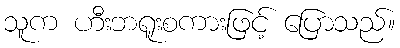
သူက ဟီးဘရူးစကားဖြင့် ပြောသည်။